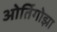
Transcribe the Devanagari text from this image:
ओर्तिगोझा